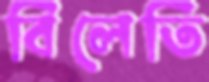
বিলেতি